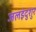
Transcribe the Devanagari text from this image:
जलइंदुशुर